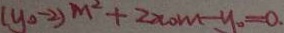
( y _ { 0 } - 2 ) m ^ { 2 } + 2 x _ { 0 } m - y _ { 0 } = 0 .